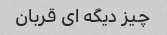
چیز دیگه ای قربان